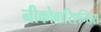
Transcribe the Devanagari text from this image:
नीकोबारिएन्सिस